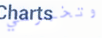
وتخبرني